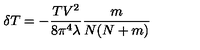
\delta T = - \frac { T V ^ { 2 } } { 8 \pi ^ { 4 } \lambda } \frac { m } { N ( N + m ) }